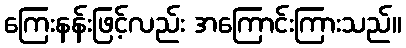
ကြေးနန်းဖြင့်လည်း အကြောင်းကြားသည်။